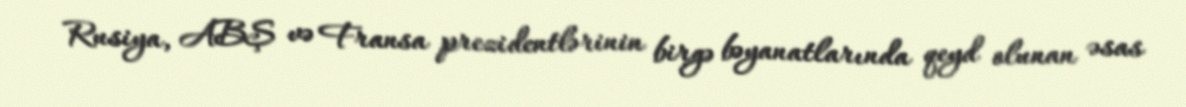
Rusiya, ABŞ və Fransa prezidentlərinin birgə bəyanatlarında qeyd olunan əsas